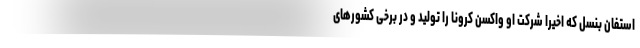
استفان بنسل که اخیراً شرکت او واکسن کرونا را تولید و در برخی کشور‌های